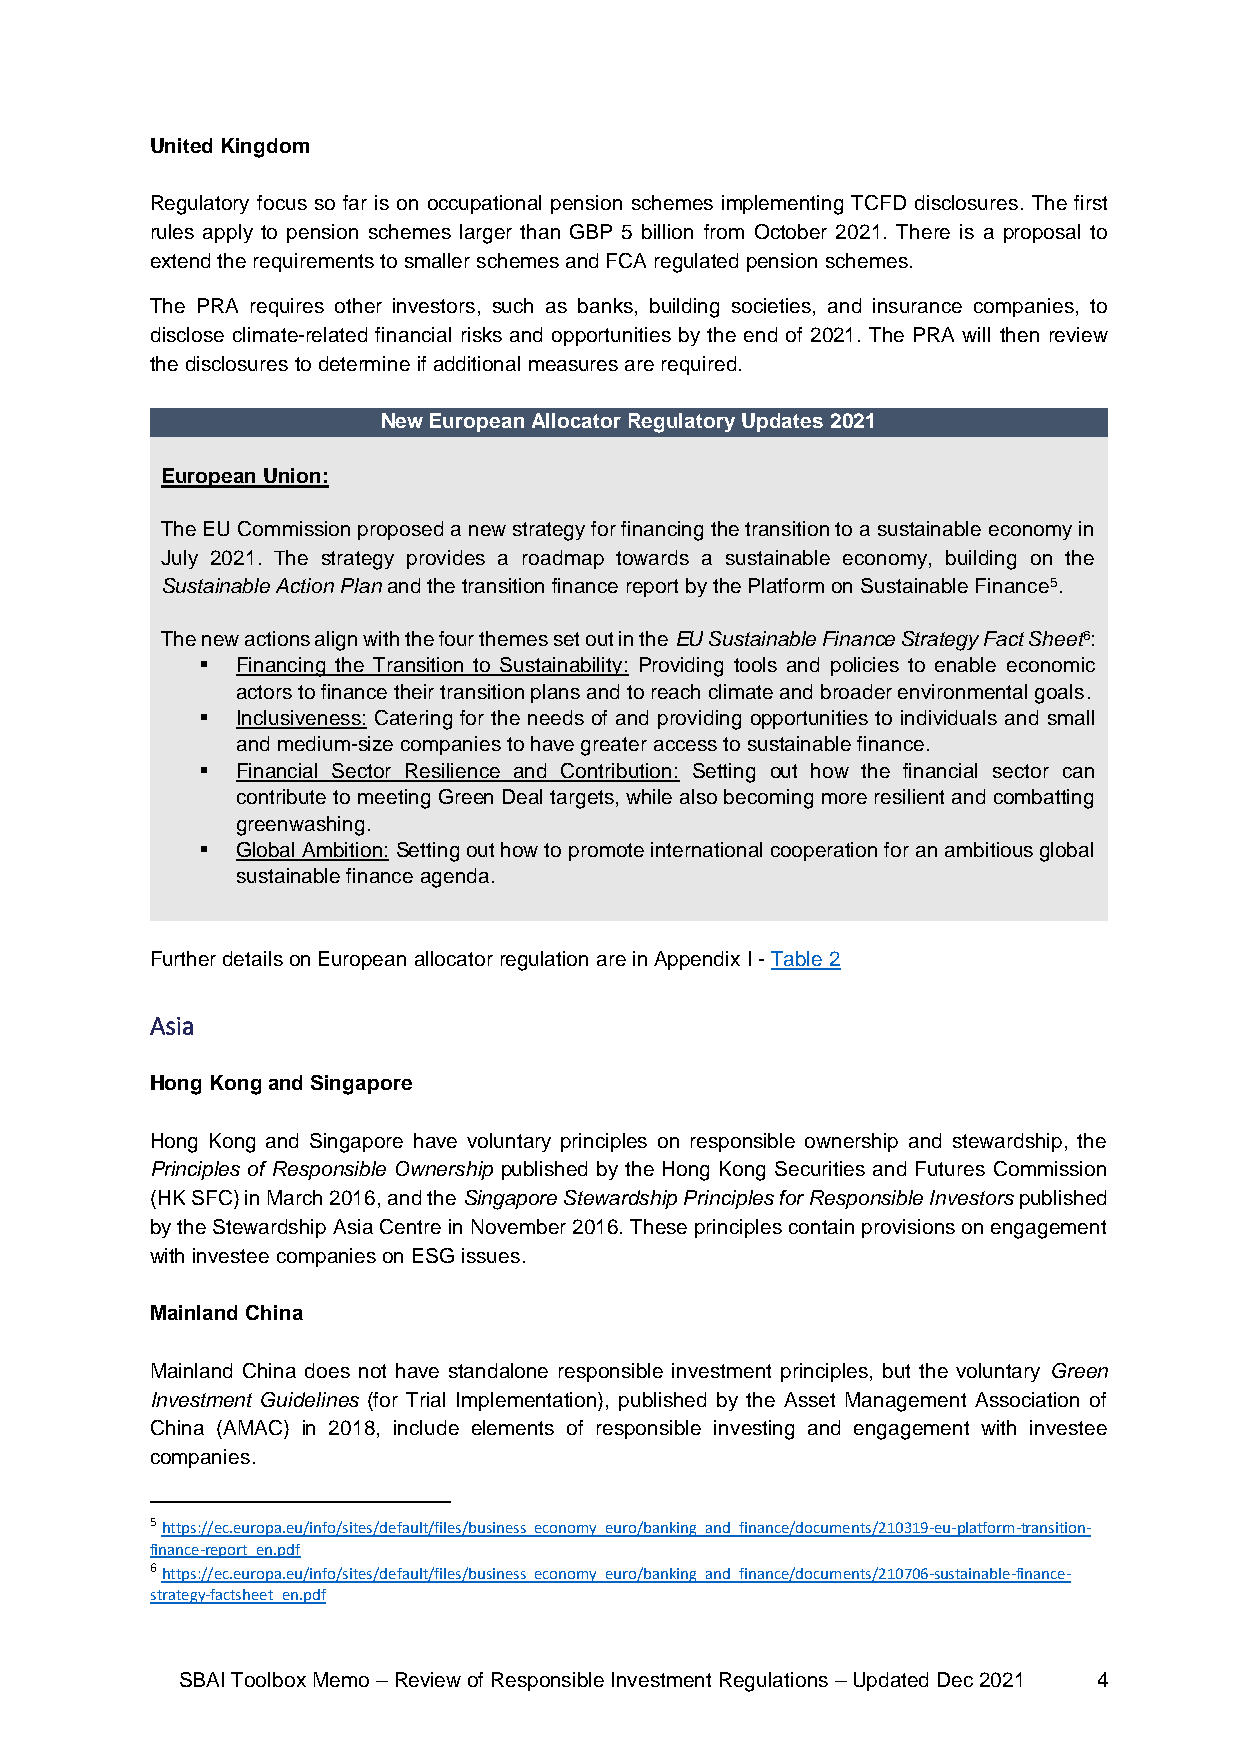
United Kingdom
 Regulatory focus so far is on occupational pension schemes implementing TCFD disclosures. The first
 rules apply to pension schemes larger than GBP 5 billion from October 2021. There is a proposal to
 extend the requirements to smaller schemes and FCA regulated pension schemes.
 The PRA requires other investors, such as banks, building societies, and insurance companies, to
 disclose climate-related financial risks and opportunities by the end of 2021. The PRA will then review
 the disclosures to determine if additional measures are required.
 New European Allocator Regulatory Updates 2021
 European Union:
 The EU Commission proposed a new strategy for financing the transition to a sustainable economy in
 July 2021. The strategy provides a roadmap towards a sustainable economy, building on the
 Sustainable Action Plan and the transition finance report by the Platform on Sustainable Finance5.
 The new actions align with the four themes set out in the EU Sustainable Finance Strategy Fact Sheet6:
 ▪  Financing the Transition to Sustainability: Providing tools and policies to enable economic
 actors to finance their transition plans and to reach climate and broader environmental goals.
 ▪  Inclusiveness: Catering for the needs of and providing opportunities to individuals and small
 and medium-size companies to have greater access to sustainable finance.
 ▪  Financial Sector Resilience and Contribution: Setting out how the financial sector can
 contribute to meeting Green Deal targets, while also becoming more resilient and combatting
 greenwashing.
 ▪  Global Ambition: Setting out how to promote international cooperation for an ambitious global
 sustainable finance agenda.
 Further details on European allocator regulation are in Appendix I - Table 2
 Asia
 Hong Kong and Singapore
 Hong Kong and Singapore have voluntary principles on responsible ownership and stewardship, the
 Principles of Responsible Ownership published by the Hong Kong Securities and Futures Commission
 (HK SFC) in March 2016, and the Singapore Stewardship Principles for Responsible Investors published
 by the Stewardship Asia Centre in November 2016. These principles contain provisions on engagement
 with investee companies on ESG issues.
 Mainland China
 Mainland China does not have standalone responsible investment principles, but the voluntary Green
 Investment Guidelines (for Trial Implementation), published by the Asset Management Association of
 China (AMAC) in 2018, include elements of responsible investing and engagement with investee
 companies.
 5 https://ec.europa.eu/info/sites/default/files/business_economy_euro/banking_and_finance/documents/210319-eu-platform-transition-
 finance-report_en.pdf
 6 https://ec.europa.eu/info/sites/default/files/business_economy_euro/banking_and_finance/documents/210706-sustainable-finance-
 strategy-factsheet_en.pdf
 SBAI Toolbox Memo – Review of Responsible Investment Regulations – Updated Dec 2021 4